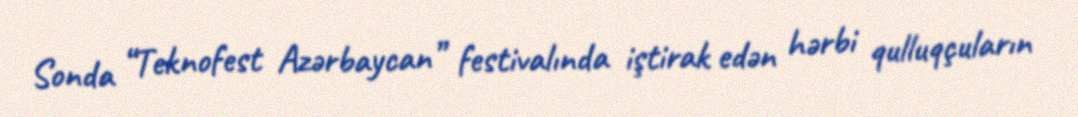
Sonda “Teknofest Azərbaycan” festivalında iştirak edən hərbi qulluqçuların